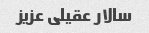
سالار عقیلی عزیز